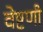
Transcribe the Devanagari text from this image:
वेष्टणी